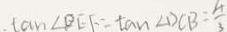
\tan \angle D E F = \tan \angle D C B = \frac { 4 } { 3 }